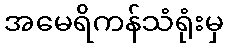
အမေရိကန်သံရုံးမှ